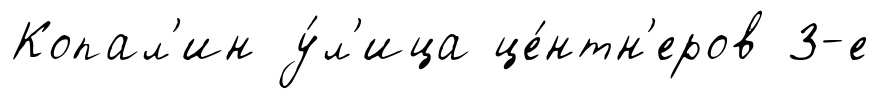
Копал'ин у́л'ица це́нтн'еров 3-е